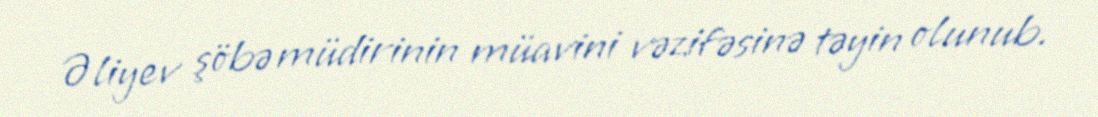
Əliyev şöbə müdirinin müavini vəzifəsinə təyin olunub.